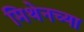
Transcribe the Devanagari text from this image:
मिथेनच्या